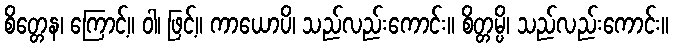
စိတ္တေန၊ ကြောင့်။ ဝါ၊ ဖြင့်။ ကာယောပိ၊ သည်လည်းကောင်း။ စိတ္တမ္ပိ၊ သည်လည်းကောင်း။